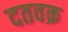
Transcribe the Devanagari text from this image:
दतवक्र